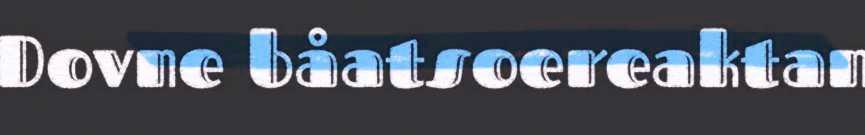
Dovne båatsoereaktan